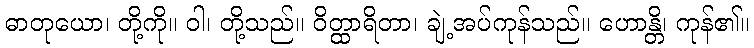
ဓာတုယော၊ တို့ကို။ ဝါ၊ တို့သည်။ ဝိတ္ထာရိတာ၊ ချဲ့အပ်ကုန်သည်။ ဟောန္တိ၊ ကုန်၏။